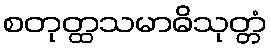
စတုတ္ထသမာဓိသုတ္တံ